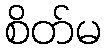
စိတ်မ